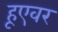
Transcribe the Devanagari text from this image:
हूएवर